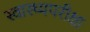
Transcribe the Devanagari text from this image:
स्वास्थ्यपरीक्षा